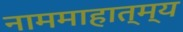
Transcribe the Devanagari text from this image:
नाममाहात्म्य